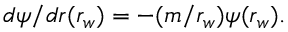
d \psi / d r ( r _ { w } ) = - ( m / r _ { w } ) \psi ( r _ { w } ) .